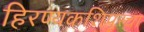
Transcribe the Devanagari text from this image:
हिरण्यकशिपूरचा